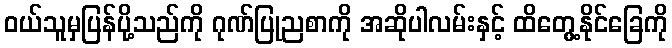
ဝယ်သူမှပြန်ပို့သည်ကို ဂုဏ်ပြုညစာကို အဆိုပါလမ်းနှင့် ထိတွေ့နိုင်ခြေကို